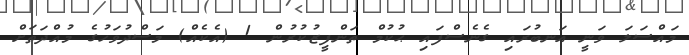
މައްސަލަ ވަނީ އަނބުރައި ގެނެސްފައި ޙުކުމް ތަންފީޒުކުރުން 1 (އެކެއް) މަސްދުވަހުގެ މުއްދަތަށް